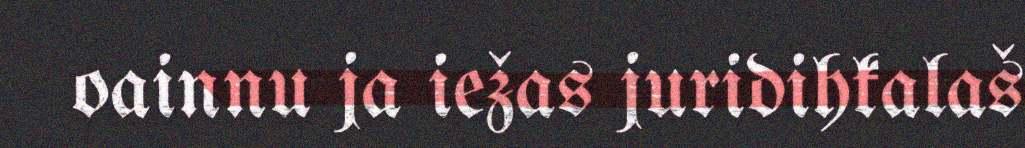
oainnu ja iežas juridihkalaš